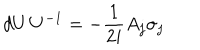
d U \, U ^ { - 1 } = - { \frac { 1 } { 2 i } } A _ { j } \sigma _ { j }